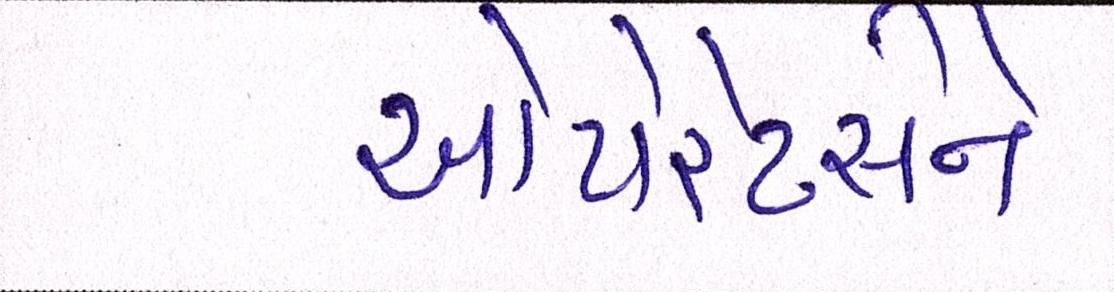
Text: ઓપરેટર્સને